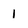
Character: 1